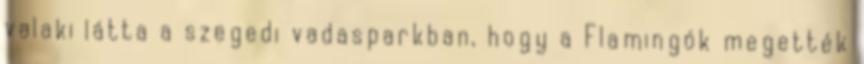
valaki látta a szegedi vadasparkban, hogy a Flamingók megették